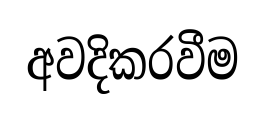
අවදිකරවීම